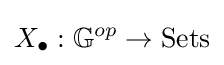
X_{\bullet }:\mathbb {G} ^{op}\to {\text{Sets}}